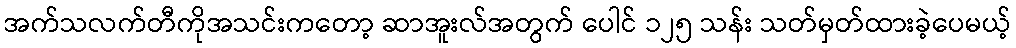
အက်သလက်တီကိုအသင်းကတော့ ဆာအူးလ်အတွက် ပေါင် ၁၂၅ သန်း သတ်မှတ်ထားခဲ့ပေမယ့်